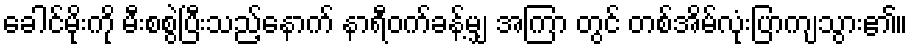
ခေါင်မိုးကို မီးစစွဲပြီးသည့်နောက် နာရီဝက်ခန့်မျှ အကြာ တွင် တစ်အိမ်လုံးပြာကျသွား၏။